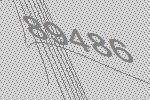
89486